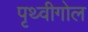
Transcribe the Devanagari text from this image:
पृथ्वीगोल